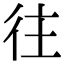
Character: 往